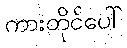
ကားတိုင်ပေါ်